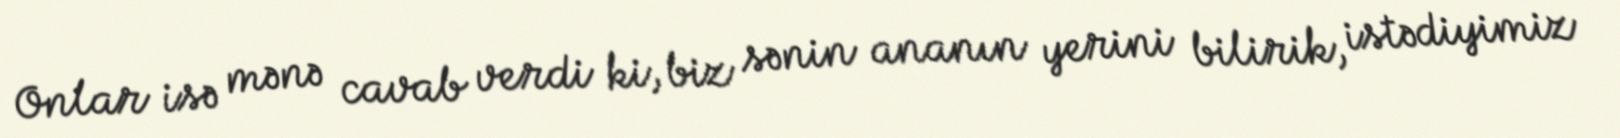
Onlar isə mənə cavab verdi ki, biz sənin ananın yerini bilirik, istədiyimiz